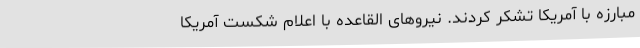
مبارزه با آمریکا تشکر کردند. نیروهای القاعده با اعلام شکست آمریکا